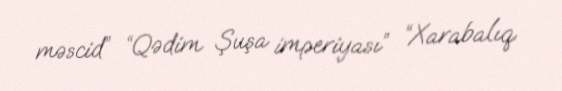
məscid” “Qədim Şuşa imperiyası” “Xarabalıq.